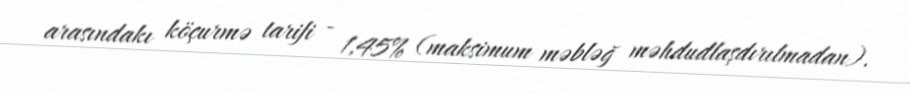
arasındakı köçurmə tarifi - 1,45% (maksimum məbləğ məhdudlaşdırılmadan).